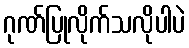
ဂုဏ်ပြုလိုက်သလိုပါပဲ